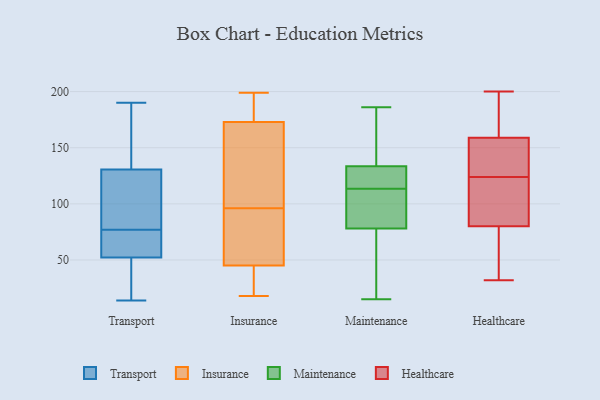
{"axis": {"x": "Gross Profit (USD K)", "y": "Value"}, "legend": ["Healthcare", "Insurance", "Maintenance", "Transport"], "data": [{"x": "", "y": 128, "type": "Transport"}, {"x": "", "y": 61, "type": "Transport"}, {"x": "", "y": 63, "type": "Transport"}, {"x": "", "y": 54, "type": "Transport"}, {"x": "", "y": 190, "type": "Transport"}, {"x": "", "y": 14, "type": "Transport"}, {"x": "", "y": 77, "type": "Transport"}, {"x": "", "y": 80, "type": "Transport"}, {"x": "", "y": 23, "type": "Transport"}, {"x": "", "y": 146, "type": "Transport"}, {"x": "", "y": 151, "type": "Transport"}, {"x": "", "y": 47, "type": "Transport"}, {"x": "", "y": 114, "type": "Transport"}, {"x": "", "y": 138, "type": "Transport"}, {"x": "", "y": 121, "type": "Transport"}, {"x": "", "y": 65, "type": "Transport"}, {"x": "", "y": 26, "type": "Transport"}, {"x": "", "y": 187, "type": "Insurance"}, {"x": "", "y": 199, "type": "Insurance"}, {"x": "", "y": 129, "type": "Insurance"}, {"x": "", "y": 45, "type": "Insurance"}, {"x": "", "y": 29, "type": "Insurance"}, {"x": "", "y": 18, "type": "Insurance"}, {"x": "", "y": 68, "type": "Insurance"}, {"x": "", "y": 49, "type": "Insurance"}, {"x": "", "y": 124, "type": "Insurance"}, {"x": "", "y": 173, "type": "Insurance"}, {"x": "", "y": 115, "type": "Maintenance"}, {"x": "", "y": 113, "type": "Maintenance"}, {"x": "", "y": 114, "type": "Maintenance"}, {"x": "", "y": 104, "type": "Maintenance"}, {"x": "", "y": 86, "type": "Maintenance"}, {"x": "", "y": 186, "type": "Maintenance"}, {"x": "", "y": 70, "type": "Maintenance"}, {"x": "", "y": 42, "type": "Maintenance"}, {"x": "", "y": 147, "type": "Maintenance"}, {"x": "", "y": 120, "type": "Maintenance"}, {"x": "", "y": 177, "type": "Maintenance"}, {"x": "", "y": 15, "type": "Maintenance"}, {"x": "", "y": 127, "type": "Healthcare"}, {"x": "", "y": 51, "type": "Healthcare"}, {"x": "", "y": 32, "type": "Healthcare"}, {"x": "", "y": 122, "type": "Healthcare"}, {"x": "", "y": 163, "type": "Healthcare"}, {"x": "", "y": 80, "type": "Healthcare"}, {"x": "", "y": 170, "type": "Healthcare"}, {"x": "", "y": 126, "type": "Healthcare"}, {"x": "", "y": 159, "type": "Healthcare"}, {"x": "", "y": 80, "type": "Healthcare"}, {"x": "", "y": 175, "type": "Healthcare"}, {"x": "", "y": 48, "type": "Healthcare"}, {"x": "", "y": 60, "type": "Healthcare"}, {"x": "", "y": 116, "type": "Healthcare"}, {"x": "", "y": 141, "type": "Healthcare"}, {"x": "", "y": 109, "type": "Healthcare"}, {"x": "", "y": 140, "type": "Healthcare"}, {"x": "", "y": 200, "type": "Healthcare"}]}